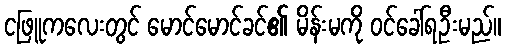
ငဖြူကလေးတွင် မောင်မောင်ခင်၏ မိန်းမကို ဝင်ခေါ်ရဦးမည်။